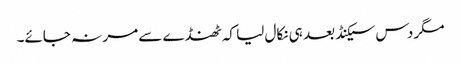
مگر دس سیکنڈ بعد ہی نکال لیا کہ ٹھنڈے سے مر نہ جائے۔